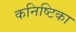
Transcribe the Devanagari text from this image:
कनिष्टिका